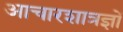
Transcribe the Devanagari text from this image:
आचारशात्रज्ञों